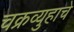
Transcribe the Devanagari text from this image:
चक्रव्युहाचे